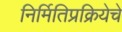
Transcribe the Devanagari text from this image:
निर्मितिप्रक्रियेचे